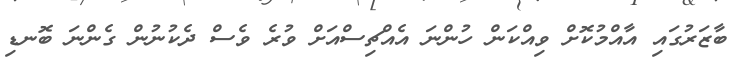
ބާޒަރުގައި އާއްމުކޮށް ވިއްކަން ހުންނަ އެއްޗިސްއަށް ވުރެ ވެސް ދެކުނުން ގެންނަ ބޮނޑި